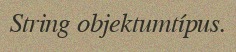
String objektumtípus.